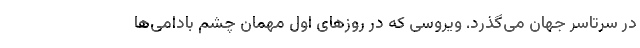
در سرتاسر جهان می‌گذرد. ویروسی که در روزهای اول مهمان چشم بادامی‌ها